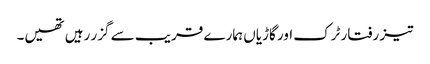
تیز رفتار ٹرک اور گاڑیاں ہمارے قریب سے گزر رہیں تھیں۔